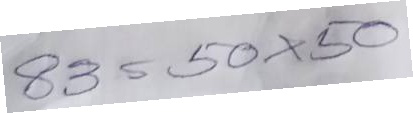
83 = 50x50